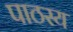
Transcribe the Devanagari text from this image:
पाठस्य